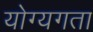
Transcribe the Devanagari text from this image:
योग्यगता